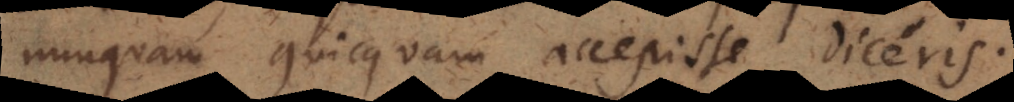
nunquam quicquam accepisse diceris.